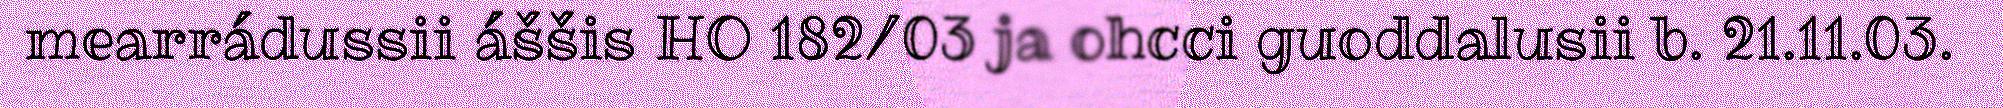
mearrádussii áššis HO 182/03 ja ohcci guoddalusii b. 21.11.03.